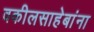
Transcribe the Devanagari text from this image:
वकीलसाहेबांना